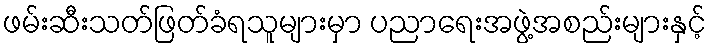
ဖမ်းဆီးသတ်ဖြတ်ခံရသူများမှာ ပညာရေးအဖွဲ့အစည်းများနှင့်